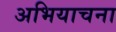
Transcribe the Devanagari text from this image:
अभियाचना